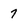
Character: 7